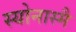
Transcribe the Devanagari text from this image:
स्योनास्मै